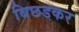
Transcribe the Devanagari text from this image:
बिछडकर